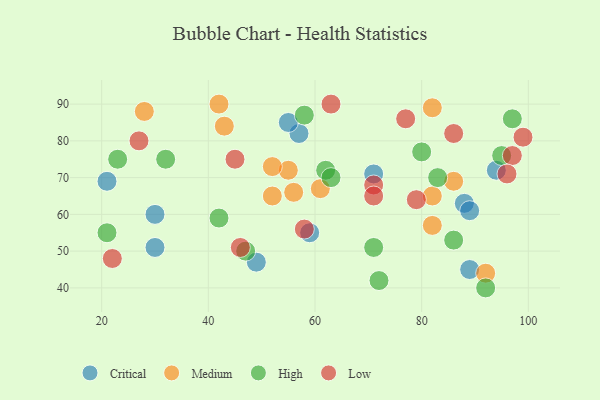
{"axis": {"x": "GDP", "y": "Life Expectancy"}, "legend": ["Critical", "High", "Low", "Medium"], "data": [{"x": "94", "y": 72, "type": "Critical"}, {"x": "30", "y": 51, "type": "Critical"}, {"x": "71", "y": 71, "type": "Critical"}, {"x": "89", "y": 45, "type": "Critical"}, {"x": "57", "y": 82, "type": "Critical"}, {"x": "21", "y": 69, "type": "Critical"}, {"x": "88", "y": 63, "type": "Critical"}, {"x": "55", "y": 85, "type": "Critical"}, {"x": "89", "y": 61, "type": "Critical"}, {"x": "30", "y": 60, "type": "Critical"}, {"x": "59", "y": 55, "type": "Critical"}, {"x": "49", "y": 47, "type": "Critical"}, {"x": "82", "y": 57, "type": "Medium"}, {"x": "28", "y": 88, "type": "Medium"}, {"x": "55", "y": 72, "type": "Medium"}, {"x": "43", "y": 84, "type": "Medium"}, {"x": "86", "y": 69, "type": "Medium"}, {"x": "42", "y": 90, "type": "Medium"}, {"x": "82", "y": 89, "type": "Medium"}, {"x": "56", "y": 66, "type": "Medium"}, {"x": "52", "y": 73, "type": "Medium"}, {"x": "82", "y": 65, "type": "Medium"}, {"x": "92", "y": 44, "type": "Medium"}, {"x": "61", "y": 67, "type": "Medium"}, {"x": "52", "y": 65, "type": "Medium"}, {"x": "47", "y": 50, "type": "High"}, {"x": "92", "y": 40, "type": "High"}, {"x": "95", "y": 76, "type": "High"}, {"x": "62", "y": 72, "type": "High"}, {"x": "63", "y": 70, "type": "High"}, {"x": "72", "y": 42, "type": "High"}, {"x": "42", "y": 59, "type": "High"}, {"x": "80", "y": 77, "type": "High"}, {"x": "32", "y": 75, "type": "High"}, {"x": "21", "y": 55, "type": "High"}, {"x": "86", "y": 53, "type": "High"}, {"x": "58", "y": 87, "type": "High"}, {"x": "97", "y": 86, "type": "High"}, {"x": "83", "y": 70, "type": "High"}, {"x": "23", "y": 75, "type": "High"}, {"x": "71", "y": 51, "type": "High"}, {"x": "71", "y": 68, "type": "Low"}, {"x": "27", "y": 80, "type": "Low"}, {"x": "46", "y": 51, "type": "Low"}, {"x": "99", "y": 81, "type": "Low"}, {"x": "45", "y": 75, "type": "Low"}, {"x": "97", "y": 76, "type": "Low"}, {"x": "63", "y": 90, "type": "Low"}, {"x": "77", "y": 86, "type": "Low"}, {"x": "79", "y": 64, "type": "Low"}, {"x": "22", "y": 48, "type": "Low"}, {"x": "58", "y": 56, "type": "Low"}, {"x": "71", "y": 65, "type": "Low"}, {"x": "96", "y": 71, "type": "Low"}, {"x": "86", "y": 82, "type": "Low"}]}